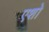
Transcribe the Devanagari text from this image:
एशो